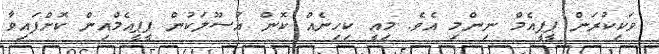
ވަކިކުރަން ޕީޕީއެމް ނިންމި އެވެ. މިއީ ކިހިނެއް ކޮން އުސޫލަކުން ޕީޕީއެމްއިން ކޮށްފައިވާ